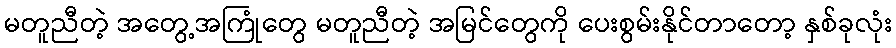
မတူညီတဲ့ အတွေ့အကြုံတွေ မတူညီတဲ့ အမြင်တွေကို ပေးစွမ်းနိုင်တာတော့ နှစ်ခုလုံး